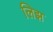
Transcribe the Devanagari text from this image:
लिझ